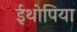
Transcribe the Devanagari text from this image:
ईथोपिया